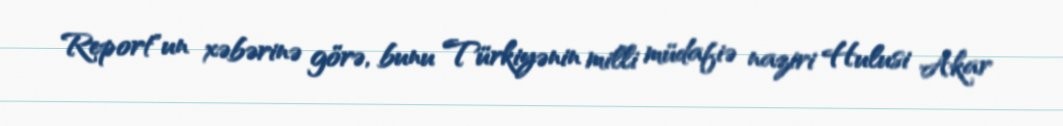
Report"un xəbərinə görə, bunu Türkiyənin milli müdafiə naziri Hulusi Akar